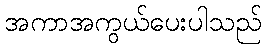
အကာအကွယ်ပေးပါသည်